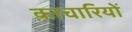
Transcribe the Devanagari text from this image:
क़ाचारियों